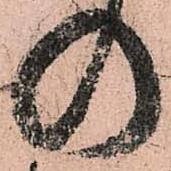
の